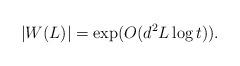
LaTeX: \begin{align*}|W(L)| = \exp(O(d^2L\log t)).\end{align*}